画像に写った文字を読んでください
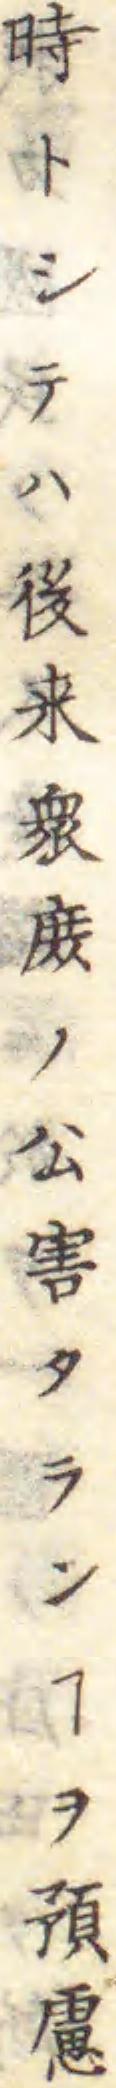
「時トシテハ後来衆庻ノ公害タランヿヲ預慮」と書いてあります